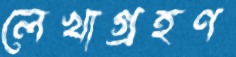
লেখাগ্রহণ